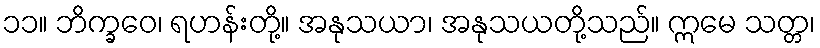
၁၁။ ဘိက္ခဝေ၊ ရဟန်းတို့။ အနုသယာ၊ အနုသယတို့သည်။ ဣမေ သတ္တ၊